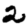
Digit: 2